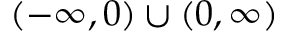
\left( - \infty , 0 \right) \cup \left( 0 , \infty \right)